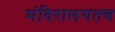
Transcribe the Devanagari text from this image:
मंदिरालगतच